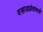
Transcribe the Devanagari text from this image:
वर्‍हाडप्रांतामध्ये